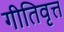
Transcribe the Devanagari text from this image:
गीतिवृत्त